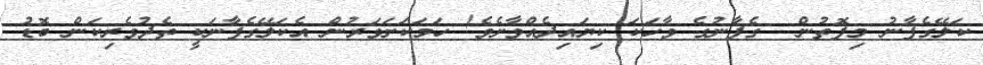
ކަލޭގެފާނު މިފޮތުން  ގެފާނުގެ ވާހަކަ ކިޔައިދެއްވާށެވެ! ހަމަކަށަވަރުން އެކަލޭގެފާނަކީ ތެދުވެރިކަން ބޮޑު